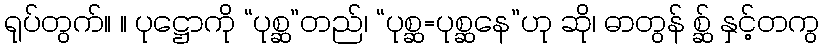
ရုပ်တွက်။ ။ ပုဋ္ဌောကို “ပုစ္ဆ”တည်၊ “ပုစ္ဆ=ပုစ္ဆနေ”ဟု ဆို၊ ဓာတွန် စ္ဆ် နှင့်တကွ